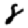
Digit: 8